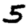
Digit: 5